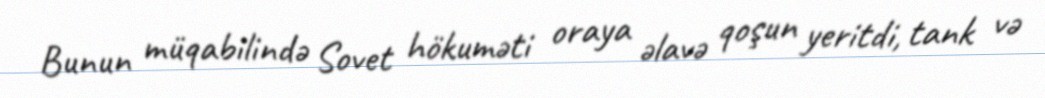
Bunun müqabilində Sovet hökuməti oraya əlavə qoşun yeritdi, tank və